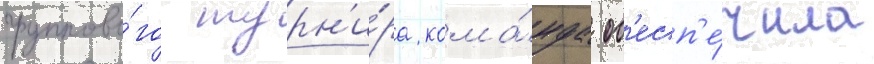
группово́го турн'и́ра кома́нда об'есп'е́чила